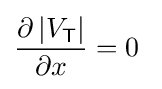
{\frac {\partial \left|V_{\mathsf {T}}\right|}{\partial x}}=0~